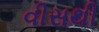
વીસથી